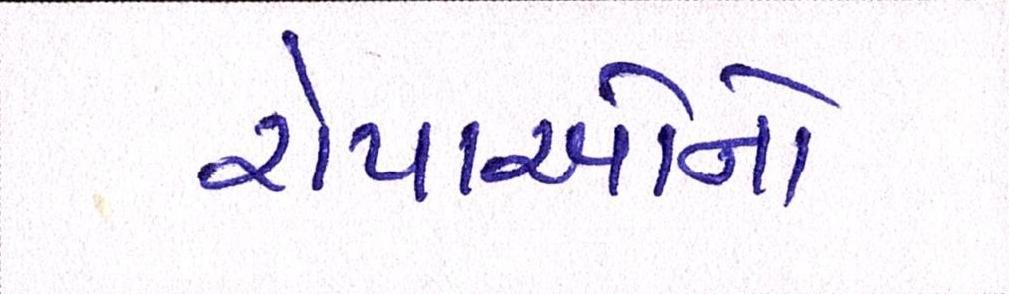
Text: રોપાઓનો